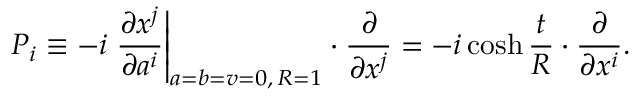
P _ { i } \equiv - i \left. \frac { \partial x ^ { j } } { \partial a ^ { i } } \right| _ { a = b = v = 0 , \, { \cal R } = 1 } \cdot \frac { \partial } { \partial x ^ { j } } = - i \cosh \frac { t } { R } \cdot \frac { \partial } { \partial x ^ { i } } .